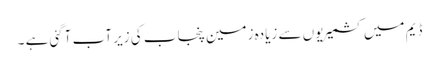
ڈیم میں کشمیریوں سے زیادہ زمین پنجاب کی زیر آب آگئی ہے ۔